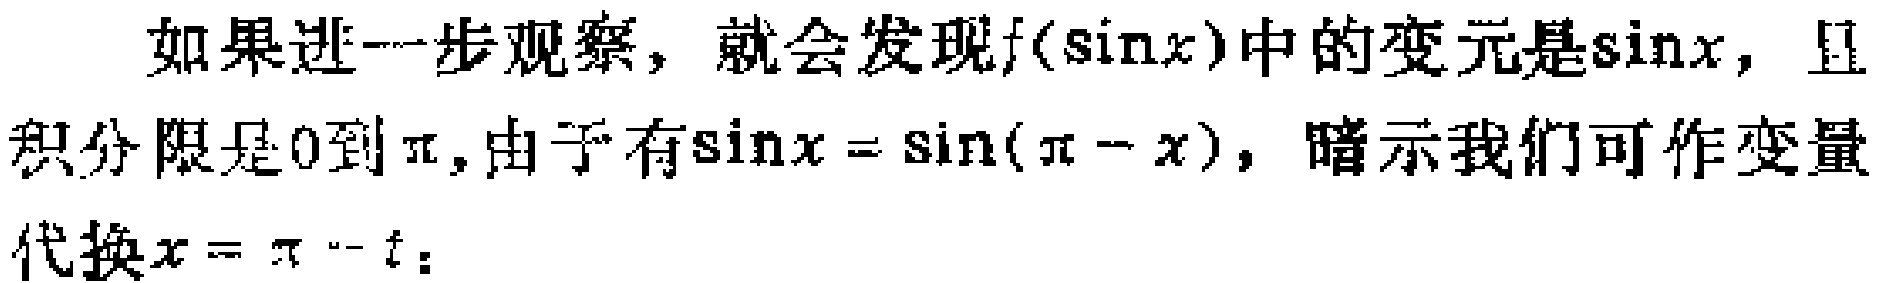
如果进一步观察，就会发现\(f(\sin x)\)中的变元是\(\sin x\)，且积分限是\(0\)到\(\pi\)，由于有\(\sin x = \sin(\pi - x)\)，暗示我们可作变量代换\(x = \pi - t\)：